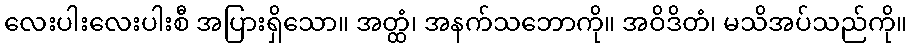
လေးပါးလေးပါးစီ အပြားရှိသော။ အတ္ထံ၊ အနက်သဘောကို။ အဝိဒိတံ၊ မသိအပ်သည်ကို။